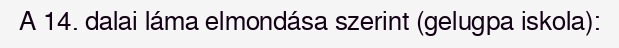
A 14. dalai láma elmondása szerint (gelugpa iskola):